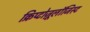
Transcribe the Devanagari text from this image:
क्रिप्टोज़ूलॉजिस्ट